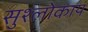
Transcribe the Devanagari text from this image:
सुश्लोकाय